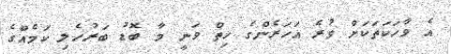
އެ ވާހަކަތަކަށް ވުރެ އަހަރެންގެ ހިތް ވަނީ މާ ބޮޑު ބަރުހެލި ކަމެއްގެ